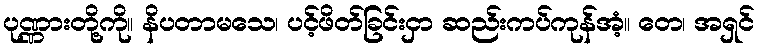
ပုဏ္ဏားတို့ကို။ နိပတာမသေ၊ ပင့်ဖိတ်ခြင်းငှာ ဆည်းကပ်ကုန်အံ့။ တေ၊ အရှင်